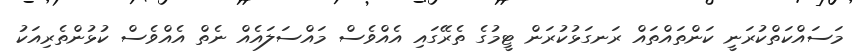
މަސައްކަތްކުރަނީ ކަންތައްތައް ރަނގަޅުކުރަން ޓީމުގެ ތެރޭގައި އެއްވެސް މައްސަލައެއް ނެތް އެއްވެސް ކުޅުންތެރިއަކު